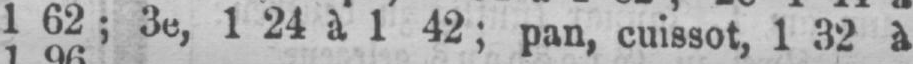
1 62; 3e, 1 24 à 1 42; pan, cuissot1 32 à